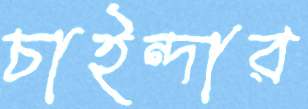
চাইন্দার